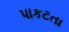
પાકટતા